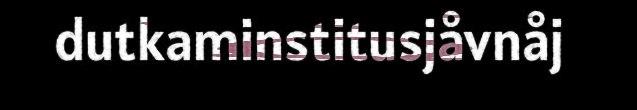
dutkaminstitusjåvnåj